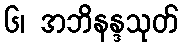
၆၊ အဘိနန္ဒသုတ်